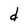
Character: d